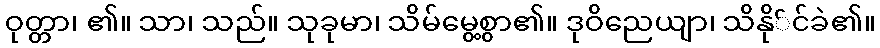
ဝုတ္တာ၊ ၏။ သာ၊ သည်။ သုခုမာ၊ သိမ်မွေ့စွာ၏။ ဒုဝိညေယျာ၊ သိနို်င်ခဲ၏။